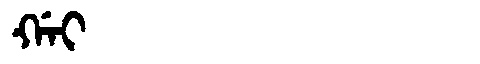
Manchu: ᡤᠠᡳ
Romanization: GAI